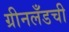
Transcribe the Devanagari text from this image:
ग्रीनलँडची